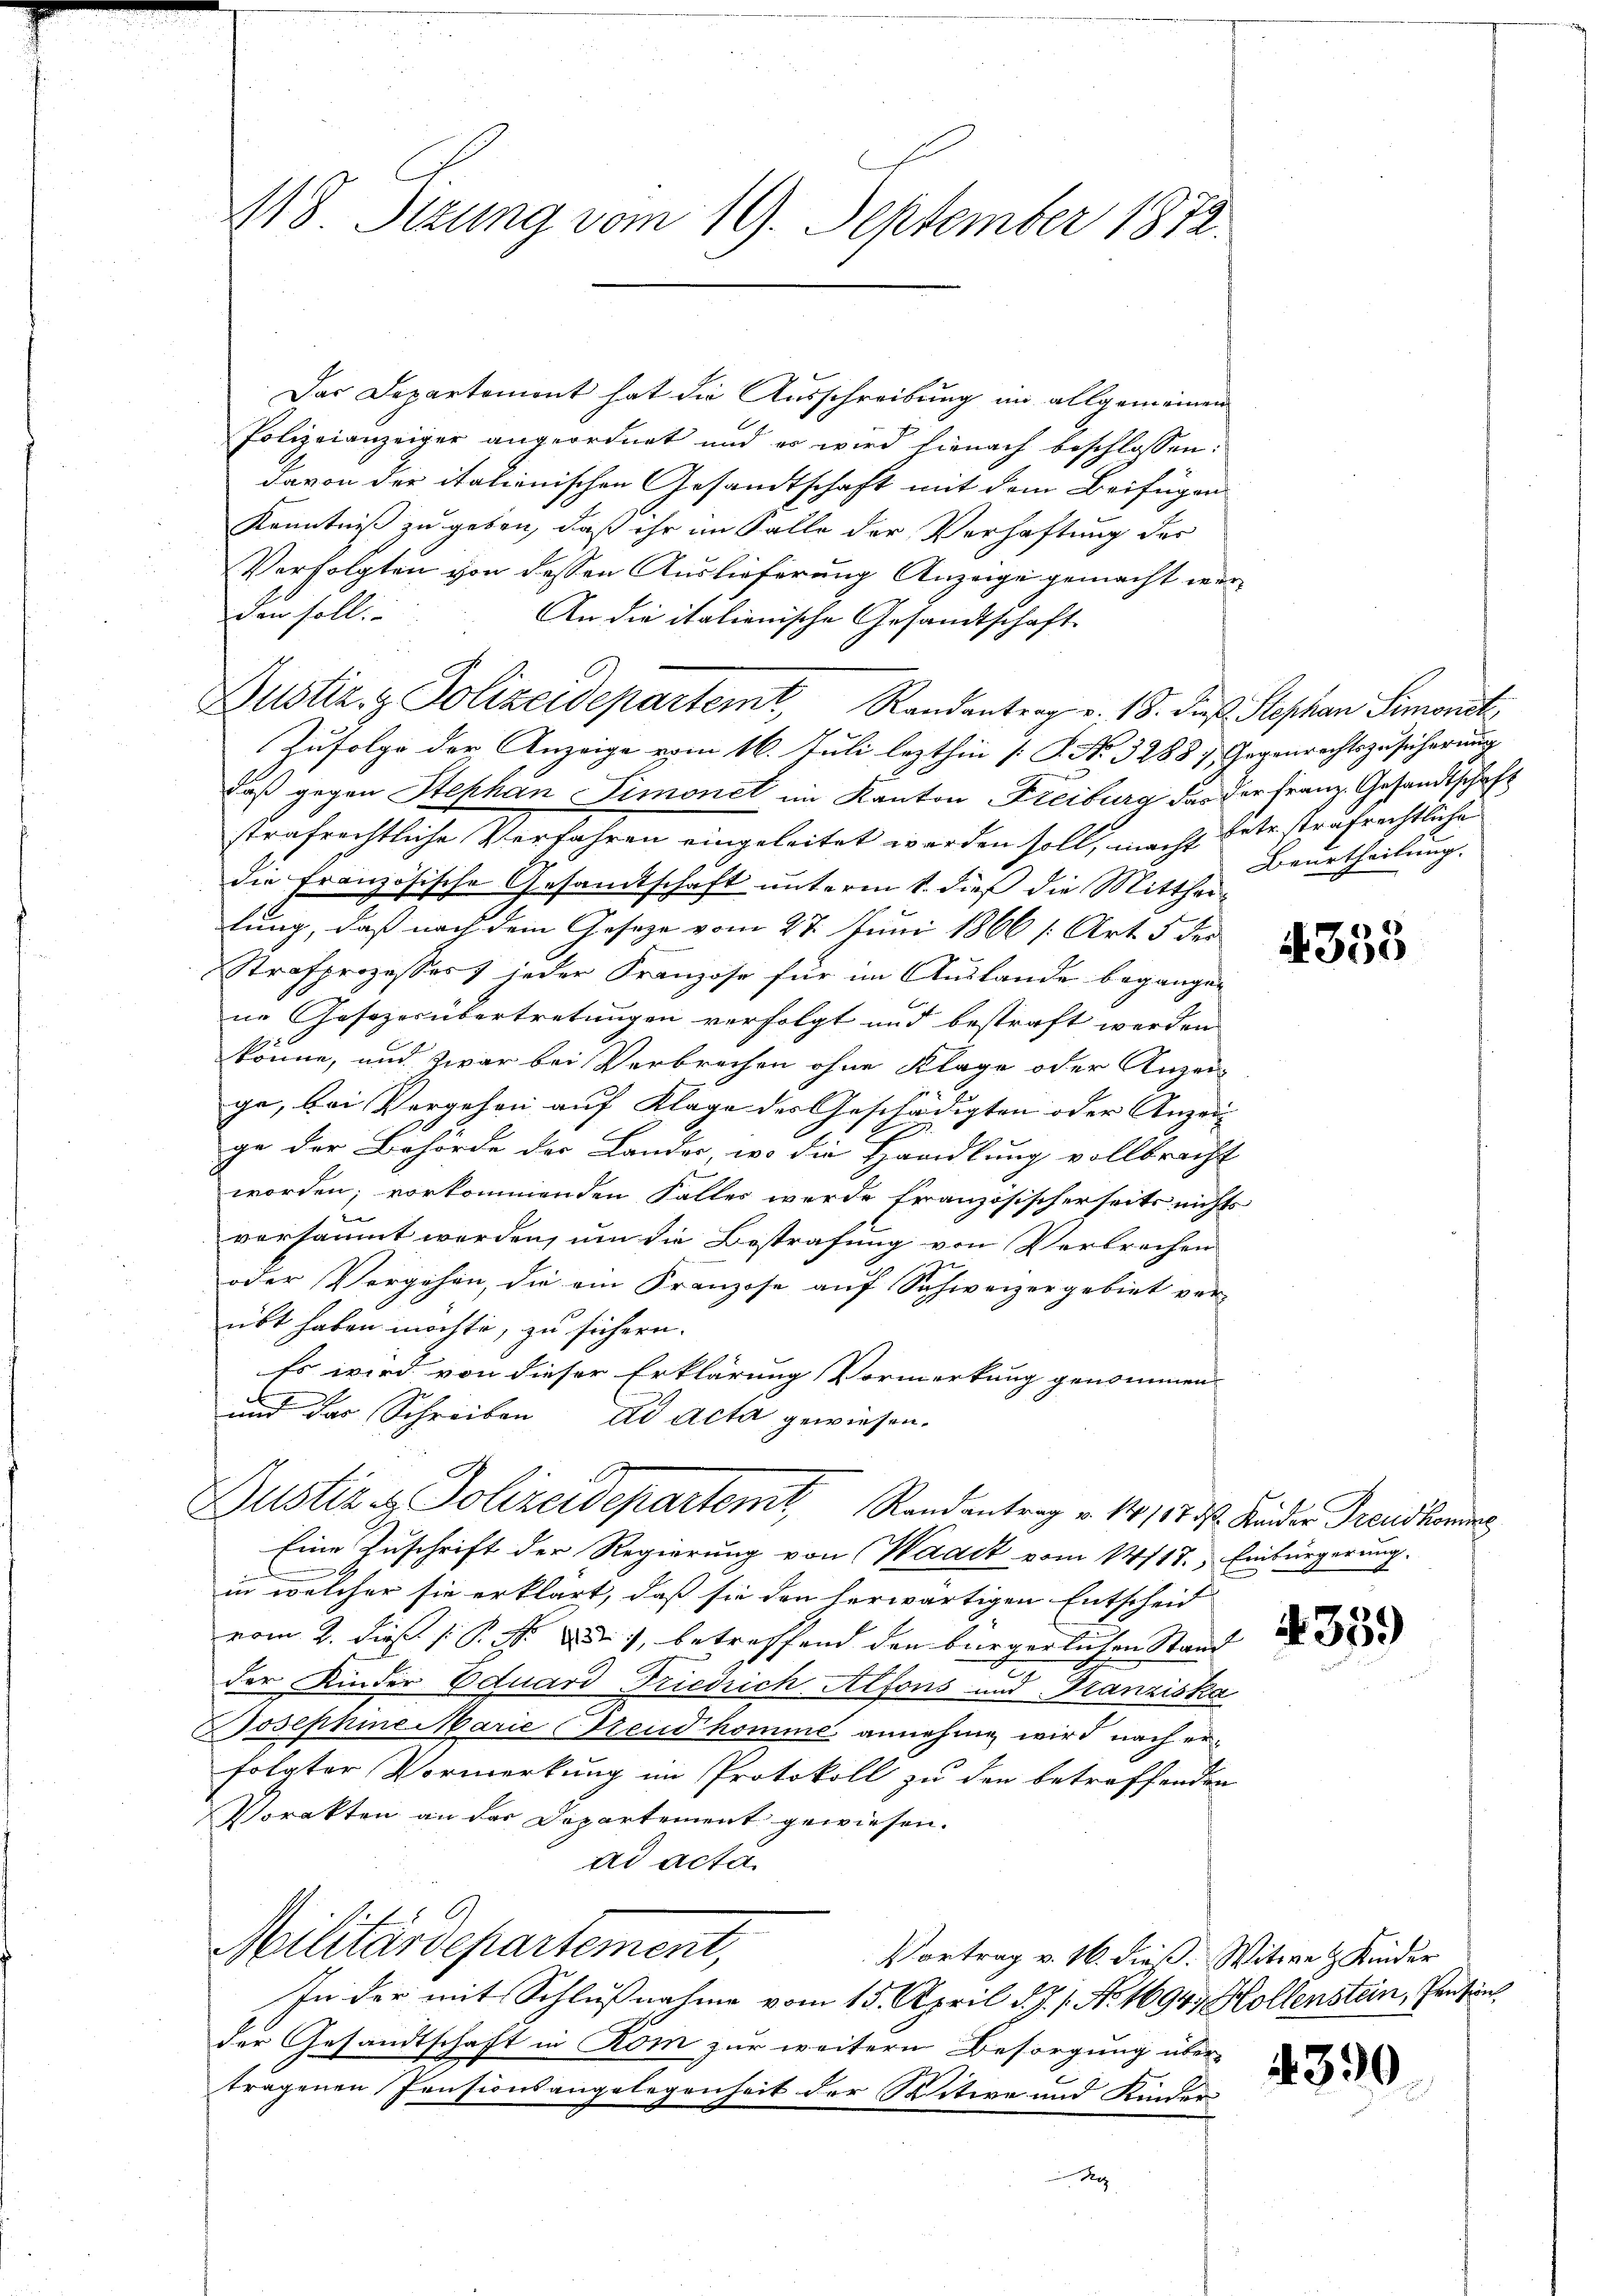
M18. Stzung vom 19. September 1872

Das Departement hat die Ausschreibung im allgemeinen
Polizeianzeiger angeordnet und es wird hienach beschlossen:
davon der italienischen Gesandtschaft mit dem Beifügen
Kenntniß zu geben, daß ihr im Falle der Verhaftung der
Verfolgten von dessen Auslieferung Anzeige gemacht werden soll.
An die italienische Gesandtschaft
Dustiz- & Polizeidepartemt, Randentrag v. 18. dieß Stephan Simonit
Zufolge der Anzeige vom 16. Juli lezthin [P. No. 3288 7 Gegenrechtszusicherung
daß gegen Stephan Simonet im Kanton Freiburg das der Franz. Gesandtschaft
strafrechtliche Verfahren eingeleitet werden soll, macht betr strafrechtlichen
die Französische Gesamtschaft unterm 1. dieß die Mittheilung, daß nach dem Gesetze vom 27. Juni 1866 [Art. 5 der
Strafprozesses jeder Franzose für im Auslande begangen
ne Gesezesübertretungen verfolgt und bestraft werden
könne, und zwar bei Verbrechen ohne Klage oder Anzei-
7
ge, bei Vergehen auf Klage des Geschädigten oder Anzei- |
u
ge der Behörde der Landes, wo die Handlung vollbracht
worden; vorkommenden Falles werde französischerseits nichts
vorsäumt werden, um die Bestrafung von Verbrechen
oder Vorgehen, die ein Franzose auf Schweizergebiet ver-
übt haben möchte, zu sichern.
Es wird von dieser Erklärung Vormerkung genommen
und das Schreiben ad acta gewiesen.
Justiz & Polizeidepartemt, Randantrag v. 1815. d. Minder Trauskonig
Eine Zuschrift der Regierung von Waadt vom 14118.) Einbürgerung.
in welcher sie erklärt, daß sie den herwärtigen Entscheid
vom 2. dieß P. N. 2), betreffend den bürgerlichen Stand
der Kinder Eduard Friedrich Alfons und Franziska
Josephine Marierend komme annehmen wird nach erfolgter Vormerkung im Protokoll zu den betreffenden
Dorakten an der Departement gewiesen.
ad acta
Militärdepartement,
Vortrag v. 16. dieß. Witwe & Kinder
In der mit Schlußnahme vom 15. April d. J. 1. No. 1694, Hollenstein, Pensins,
der Gesandtschaft in Rom zur weitern Besorgung über-
tragenen Pensionsangelegenheit der Witwe und Kinder
Rez

C

Beurtheilung.

355

435.

2390